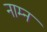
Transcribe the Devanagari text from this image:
नाम्न